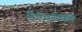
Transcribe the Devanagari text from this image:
पिऐचपिबिबि